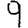
Digit: 9